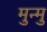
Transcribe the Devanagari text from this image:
मुन्मु